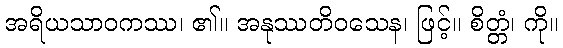
အရိယသာဝကဿ၊ ၏။ အနုဿတိဝသေန၊ ဖြင့်။ စိတ္တံ၊ ကို။